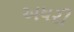
અધરી